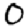
Digit: 0